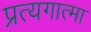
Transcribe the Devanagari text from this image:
प्रत्यगात्मा